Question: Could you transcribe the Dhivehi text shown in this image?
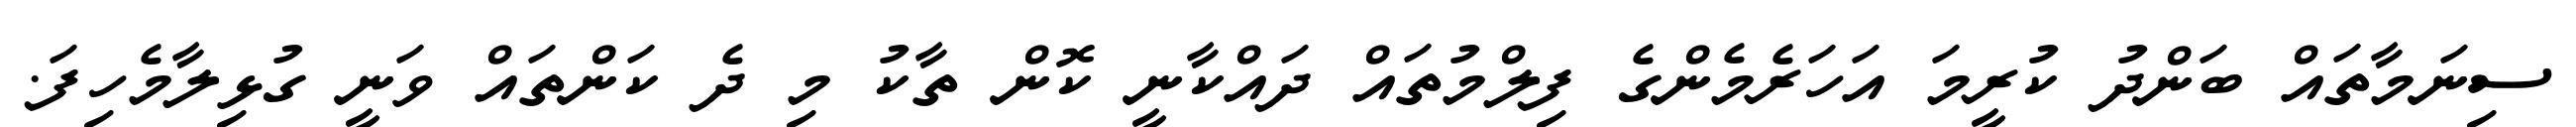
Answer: ސިނަމާތައް ބަންދު ކުރީމަ އަހަރެމެންގެ ފިލްމުތައް ދައްކާނީ ކޮން ތާކު މި ދެ ކަންތައް ވަނީ ގުޅިލާމެހިފަ.